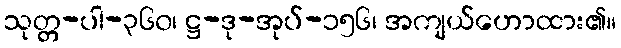
သုတ္တ-ပါ-၃၆၀၊ ဋ္ဌ-ဒု-အုပ်-၁၅၆၊ အကျယ်ဟောထား၏။